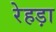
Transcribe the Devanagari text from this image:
रेहड़ा